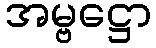
အမ္ဗဋ္ဌော